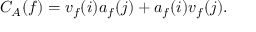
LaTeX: C _ { A } ( f ) = v _ { f } ( i ) a _ { f } ( j ) + a _ { f } ( i ) v _ { f } ( j ) .